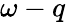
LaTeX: \omega-q